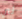
لي